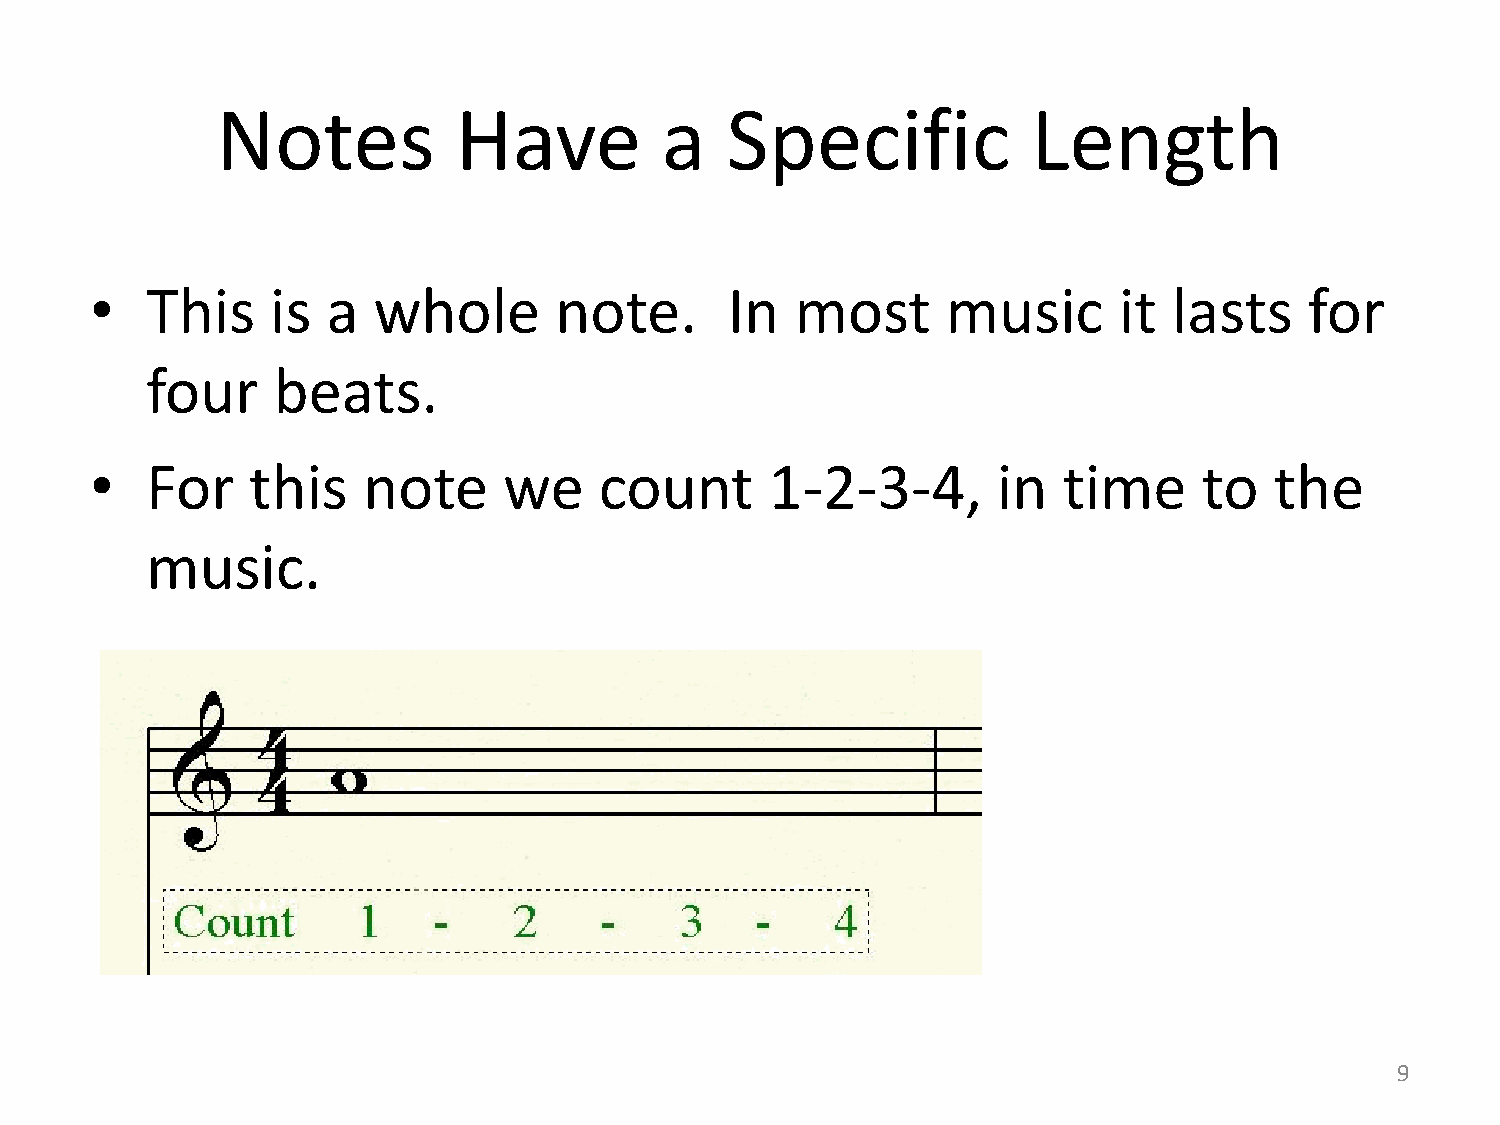
Notes           Have          a   Specific            Length
 •   This    is  a  whole       note.      In   most      music      it  lasts    for
 four    beats.
 •   For    this   note     we     count      1-2-3-4,       in  time      to  the
 music.
 9